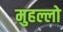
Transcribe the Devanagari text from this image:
मुहल्लो